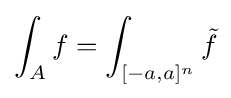
\int _{A}f=\int _{[-a,a]^{n}}{\tilde {f}}